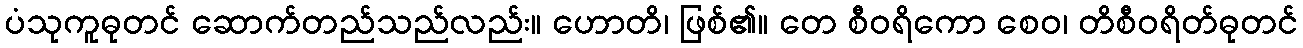
ပံသုကူဓုတင် ဆောက်တည်သည်လည်း။ ဟောတိ၊ ဖြစ်၏။ တေ စီဝရိကော စေဝ၊ တိစီဝရိတ်ဓုတင်